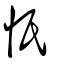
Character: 忯